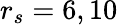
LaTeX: r_{s}=6,10